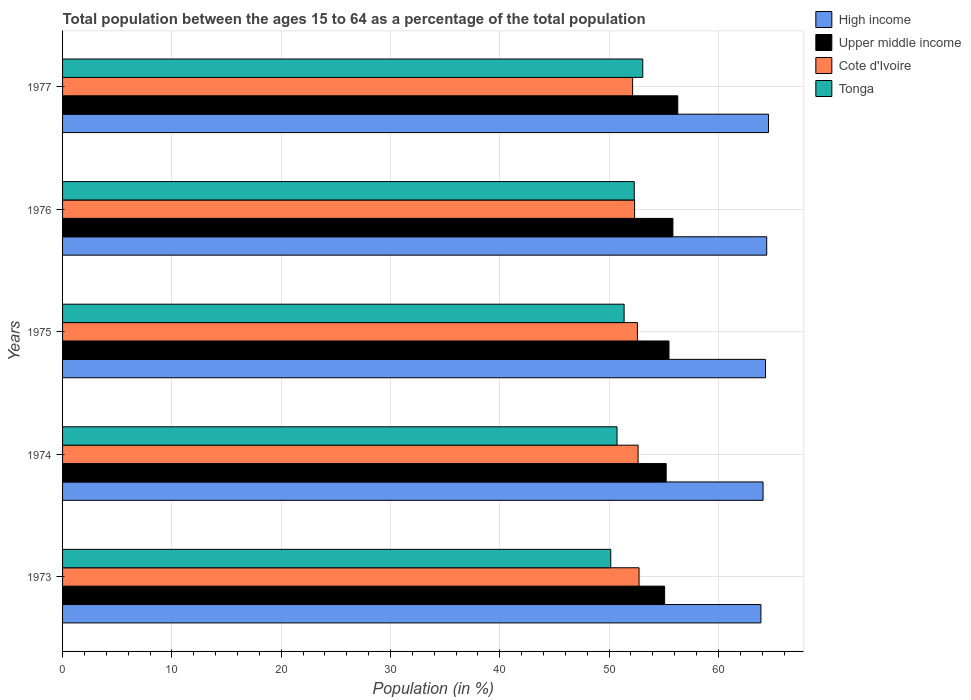
| Years | High income | Upper middle income | Cote d'Ivoire | Tonga |
 | --- | --- | --- | --- | --- |
 | 1973 | 63.9 | 55.1 | 52.7 | 50.1 |
 | 1974 | 64.1 | 55.2 | 52.7 | 50.7 |
 | 1975 | 64.3 | 55.5 | 52.6 | 51.4 |
 | 1976 | 64.4 | 55.8 | 52.3 | 52.3 |
 | 1977 | 64.6 | 56.3 | 52.1 | 53.1 |